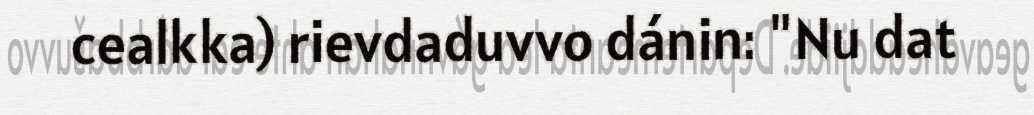
cealkka) rievdaduvvo dánin: "Nu dat